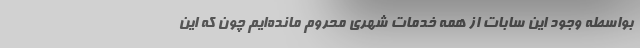
بواسطه وجود این سابات از همه خدمات شهری محروم مانده‌ایم چون که این